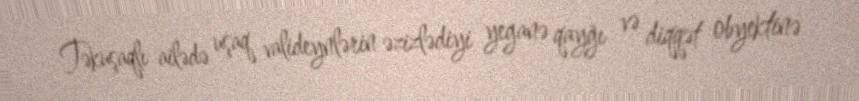
Təkuşaqlı ailədə uşaq valideynlərin əzizlədiyi yeganə qayğı və diqqət obyektinə